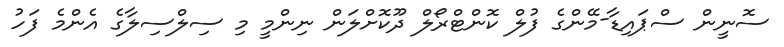
ސޮނީން ސްޕައިޑާ-މޭންގެ ފުލް ކޮންޓްރޯލް ދޫކޮށްލަން ނިންމީ މި ސިލްސިލާގެ އެންމެ ފަހު